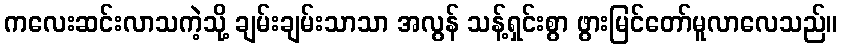
ကလေးဆင်းလာသကဲ့သို့ ချမ်းချမ်းသာသာ အလွန် သန့်ရှင်းစွာ ဖွားမြင်တော်မူလာလေသည်။